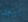
يبعد